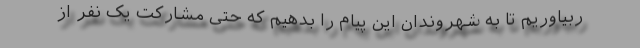
ربیاوریم تا به شهروندان این پیام را بدهیم که حتی مشارکت یک نفر از